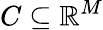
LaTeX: C\subseteq\mathbb{R}^{M}